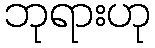
ဘုရားဟု